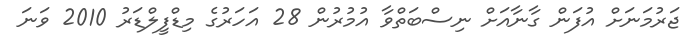
ޖަރުމަނަށް އުފަން ގާނާއަށް ނިސްބަތްވާ އުމުރުން 28 އަހަރުގެ މިޑްފީލްޑަރު 2010 ވަނަ